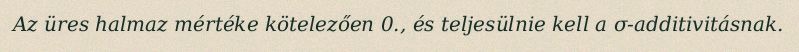
Az üres halmaz mértéke kötelezően 0., és teljesülnie kell a σ-additivitásnak.